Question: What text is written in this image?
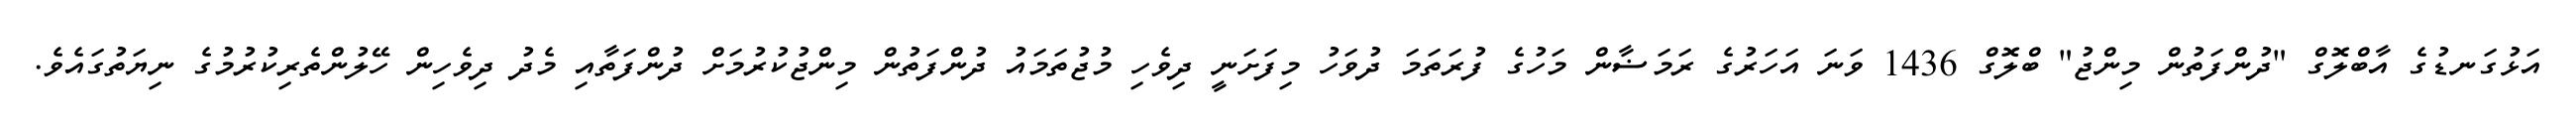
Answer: އަޅުގަނޑުގެ އާބްލޮގް "ދުންފަތުން މިންޖު" ބްލޮގް 1436 ވަނަ އަހަރުގެ ރަމަޟާން މަހުގެ ފުރަތަމަ ދުވަހު މިފަށަނީ ދިވެހި މުޖުތަމައު ދުންފަތުން މިންޖުކުރުމަށް ދުންފަތާއި މެދު ދިވެހިން ހޭލުންތެރިކުރުމުގެ ނިޔަތުގައެވެ.